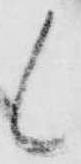
候